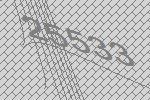
25533